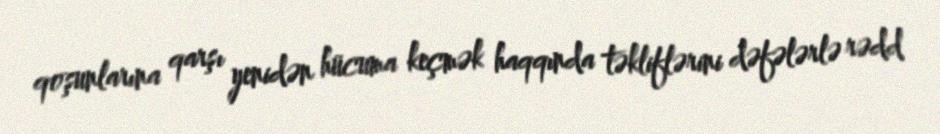
qoşunlarına qarşı yenidən hücuma keçmək haqqında təkliflərini dəfələrlə rədd